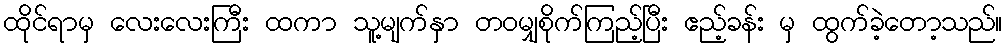
ထိုင်ရာမှ လေးလေးကြီး ထကာ သူ့မျက်နှာ တဝမျှစိုက်ကြည့်ပြီး ဧည့်ခန်း မှ ထွက်ခဲ့တော့သည်။